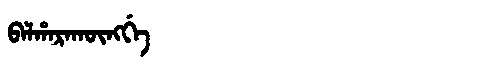
Manchu: ᠪᠠᠯᡥᠠᡵᠠᡴᡡᠩᡤᡝ
Romanization: BALHARAKŪNGGE